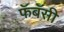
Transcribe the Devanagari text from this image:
फॅबॅसी